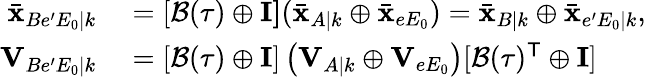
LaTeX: \begin{array}{rl}{\bar{\mathbf{x}}_{Be^{\prime}E_{0}|k}}&{{}=[\mathcal{B}(\tau)\oplus\mathbf{I]}(\bar{\mathbf{x}}_{A|k}\oplus\bar{\mathbf{x}}_{eE_{0}})=\bar{\mathbf{x}}_{B|k}\oplus\bar{\mathbf{x}}_{e^{\prime}E_{0}|k},}\\ {\mathbf{V}_{Be^{\prime}E_{0}|k}}&{{}=[\mathcal{B}(\tau)\oplus\mathbf{I}]\left(\mathbf{V}_{A|k}\oplus\mathbf{V}_{eE_{0}}\right)[\mathcal{B}(\tau)^{\mathsf{T}}\oplus\mathbf{I}]}\end{array}